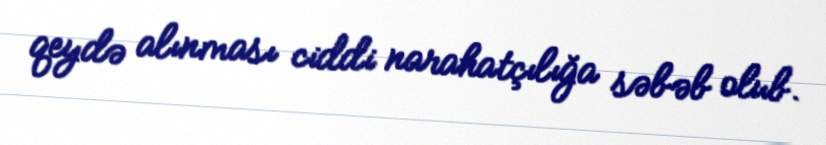
qeydə alınması ciddi narahatçılığa səbəb olub.